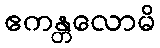
ဧကန္တလောမိ